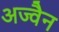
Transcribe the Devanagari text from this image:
अज्वैन